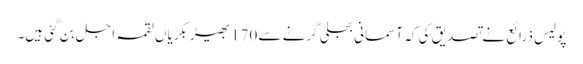
پولیس ذرائع نے تصدیق کی کہ آسمانی بجلی گرنے سے 170بھیڑ بکریاں لقمہ اجل بن گئی ہیں۔